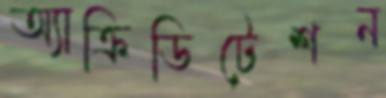
অ্যাক্রিডিটেশন